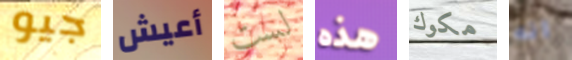
جيو أعيش لست هذه مكوك انه